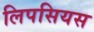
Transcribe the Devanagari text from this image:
लिपसियस